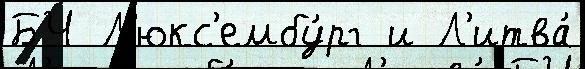
БЧ Л'юкс'ембу́рг и Л'итва́